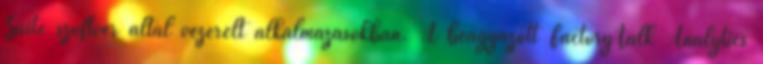
Suite szoftver által vezérelt alkalmazásokban. A beágyazott FactoryTalk Analytics